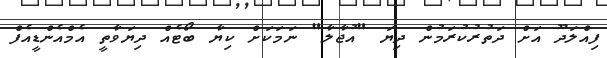
ފިއްލަދޫ އަށް ދަތުރުކުރަމުން ދިޔަ "އުޖާލާ" ނަމަކަށް ކިޔާ ބޯޓެއް ދިޔަވާތީ އެމްއެންޑީއެފް